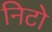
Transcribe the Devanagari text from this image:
निटो